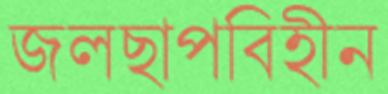
জলছাপবিহীন